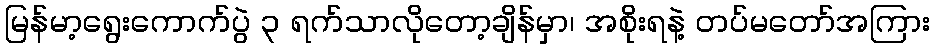
မြန်မာ့ရွေးကောက်ပွဲ ၃ ရက်သာလိုတော့ချိန်မှာ၊ အစိုးရနဲ့ တပ်မတော်အကြား